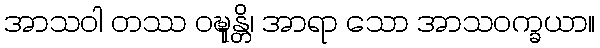
အာသဝါ တဿ ဝဍ္ဎုန္တိ၊ အာရာ သော အာသဝက္ခယာ။